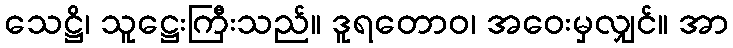
သေဋ္ဌိ၊ သူဋ္ဌေးကြီးသည်။ ဒူရတောဝ၊ အဝေးမှလျှင်။ အာ